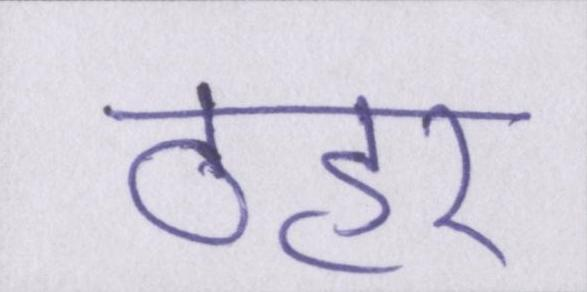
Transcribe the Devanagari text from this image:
ठहर